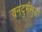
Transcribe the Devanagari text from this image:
वनदुर्गसुद्धा